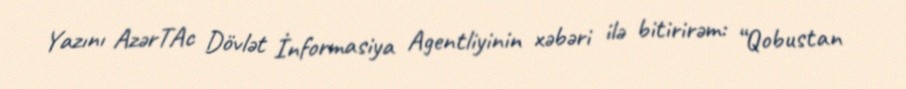
Yazını AzərTAc Dövlət İnformasiya Agentliyinin xəbəri ilə bitirirəm: “Qobustan